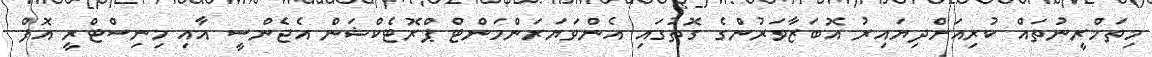
މިތަމްރީނުތައް ކުރިއަށްދިޔައިރު އޮބަޒާވަރުންގެ ގޮތުގައި އެންވަޔަރަންމަންޓް ޕްރޮޓެކްޝަން އެޖެންސީ އާއި މިނިސްޓްރީ އޮފް